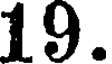
19.